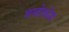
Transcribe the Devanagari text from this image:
शब्दोकोश